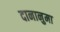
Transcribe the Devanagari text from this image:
दानानुमा